Annual statistical returns and brief notes on vaccination in Bengal - 1909-1929
Year: 1909
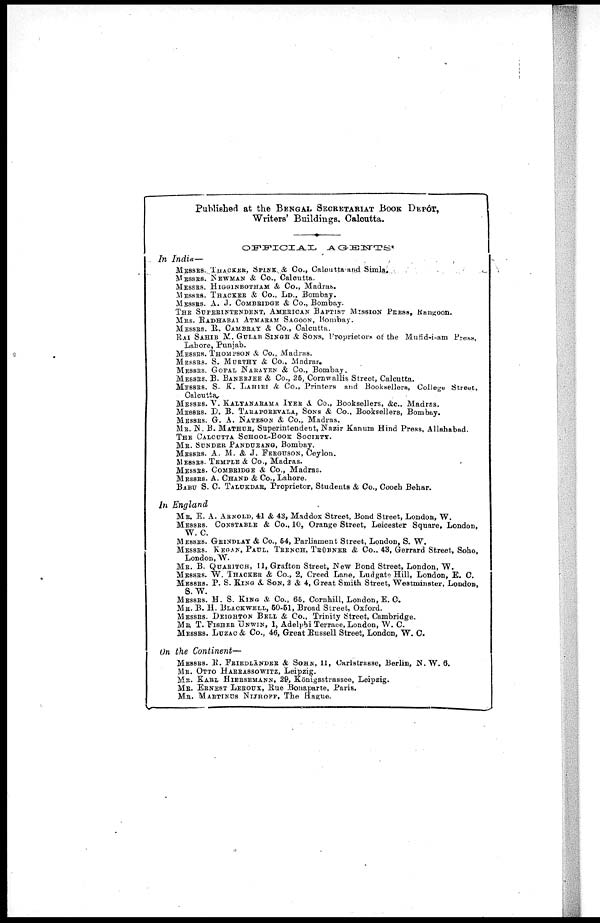
Published at the BENGAL SECRETARIAT BOOK DEPÔT,
Writers' Buildings. Calcutta.
OFFICIAL AGENTS
In India—
MESSRS. THACKER, SPINK & Co., Calcutta and Simla.
MESSRS. NEWMAN & Co., Calcutta.
MESSRS. HIGGINBOTHAM &Co., Madras.
MESSRS. THACKER & Co., LD., Bombay.
MESSRS. A. J. COMBRIDGE & Co., Bombay.
THE SUPERINTENDENT, AMERICAN BAPTIST MISSION PRESS, Rangoon.
MRS. RADHABAI ATMARAM SAGOON, Bombay.
MESSRS. R. CAMBRAY & Co., Calcutta.
RAI SAHIB M. GULAB SINGH & SONS, Proprietors of the Mufid-i-am Press,
Lahore, Punjab.
MESSRS. THOMPSON & Co., Madras.
MESSRS. S. MURTHY & Co., Madras.
MESSES. GOPAL NARAYEN & Co., Bombay.
MESSRS. B. BANERJEE & Co., 25, Cornwallis Street, Calcutta.
MESSRS. S. K. LAHIRI & Co., Printers and Booksellers, College Street,
Calcutta.
MESSRS. V. KALYANARAMA IYER & Co., Booksellers, &c., Madras.
MESSRS. P. B. TARAPOREVALA, SONS & Co., Booksellers, Bombay.
MESSRS. G. A. NATESON & Co., Madras.
MR. N. B. MATHUR, Superintendent, Nazir Kanum Hind Press, Allahabad.
THE CALCUTTA SCHOOL-BOOK SOCIETY.
MR. SUNDER PANDURANG, Bombay.
MESSRS. A. M. & J. FERGUSON, Ceylon.
MESSRS. TEMPLE & Co., Madras.
MESSRS. COMBRIDGE & Co., Madras.
MESSRS. A. CHAND & Co., Lahore.
BABU S. C. TALUKDAR, Proprietor, Students & Co., Cooch Behar.
In England
MR. E. A. ARNOLD, 41 & 43, Maddox Street, Bond Street, London, W.
MESSRS. CONSTABLE & Co., 10, Orange Street, Leicester Square, London,
W. C.
MESSRS. GRINDLAY & Co., 64, Parliament Street, London, S. W.
MESSRS. KEGAN, PAUL, TRENCH TRÜBNER &Co., 43, Gerrard Street, Soho,
London, W.
MR. B. QUARITCH, 11, Grafton Street, New Bond Street, London, W.
MESSRS. W. THACKER & Co., 2, Creed Lane, Ludgate Hill, London, E. C.
MESSRS. P. S. KING & SON, 2 & 4, Great Smith Street, Westminster, London,
S.W.
MESSRS. H. S. KING & Co., 65, Cornhill, London, E. C.
MR. B. H. BLACKWELL, 50-51, Broad Street, Oxford.
MESSRS. DEIGHTON BELL & Co., Trinity Street, Cambridge.
MR. T. FISHER UNWIN, 1, Adelphi Terrace, London, W. C.
MESSRS. LUZAC & Co., 46, Great Russell Street, London, W. C.
On the Continent—
MESSRS. R. FRIEDLÄNDER & SOHN, 11, Carlstrasse, Berlin, N. W. 6.
MR. OTTO HARRASSOWITZ, Leipzig.
MR. KARL HIERSEMANN, 29, Königsstrassee, Leipzig.
MR. ERNEST LEROUX, Rue Bonaparte, Paris.
MR. MARTINUS NIJHOFF, The Hague.